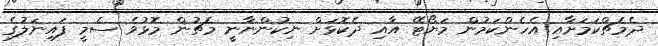
ދެމެޗްކަމަށާއި އެހެންކަމުން މަޔޯޓޭ އާއި ދެކޮޅަށް ނިކުންނާނީ މެޗުން މޮޅުވެ ސެމީ ފައިނަލުގެ